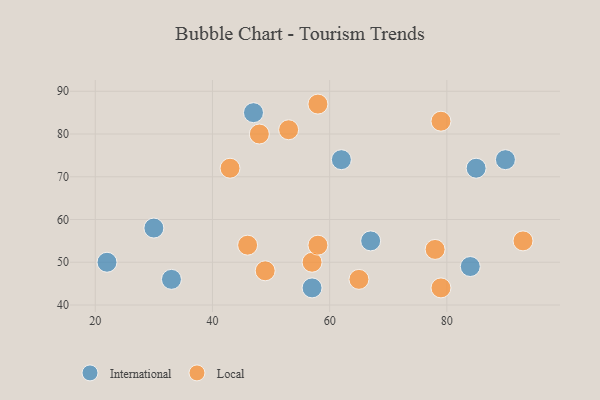
{"axis": {"x": "GDP", "y": "Life Expectancy"}, "legend": ["International", "Local"], "data": [{"x": "85", "y": 72, "type": "International"}, {"x": "67", "y": 55, "type": "International"}, {"x": "84", "y": 49, "type": "International"}, {"x": "47", "y": 85, "type": "International"}, {"x": "90", "y": 74, "type": "International"}, {"x": "30", "y": 58, "type": "International"}, {"x": "22", "y": 50, "type": "International"}, {"x": "62", "y": 74, "type": "International"}, {"x": "33", "y": 46, "type": "International"}, {"x": "57", "y": 44, "type": "International"}, {"x": "65", "y": 46, "type": "Local"}, {"x": "53", "y": 81, "type": "Local"}, {"x": "57", "y": 50, "type": "Local"}, {"x": "49", "y": 48, "type": "Local"}, {"x": "79", "y": 44, "type": "Local"}, {"x": "93", "y": 55, "type": "Local"}, {"x": "48", "y": 80, "type": "Local"}, {"x": "46", "y": 54, "type": "Local"}, {"x": "58", "y": 87, "type": "Local"}, {"x": "79", "y": 83, "type": "Local"}, {"x": "78", "y": 53, "type": "Local"}, {"x": "58", "y": 54, "type": "Local"}, {"x": "43", "y": 72, "type": "Local"}]}